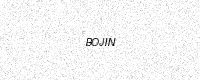
Text: BOJIN